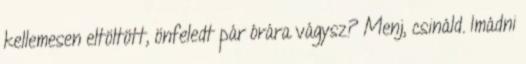
kellemesen eltöltött, önfeledt pár órára vágysz? Menj, csináld. Imádni